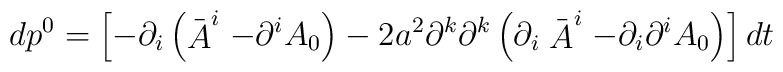
dp^0=\left[ -\partial _i\left( \stackrel{\_}{A}^i-\partial ^iA_0\right)-2a^2\partial ^k\partial ^k\left( \partial _i\stackrel{\_}{A}^i-\partial_i\partial ^iA_0\right) \right] dt